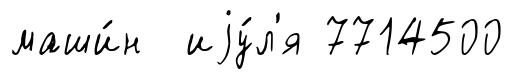
маши́н иjу́л'я 7714500